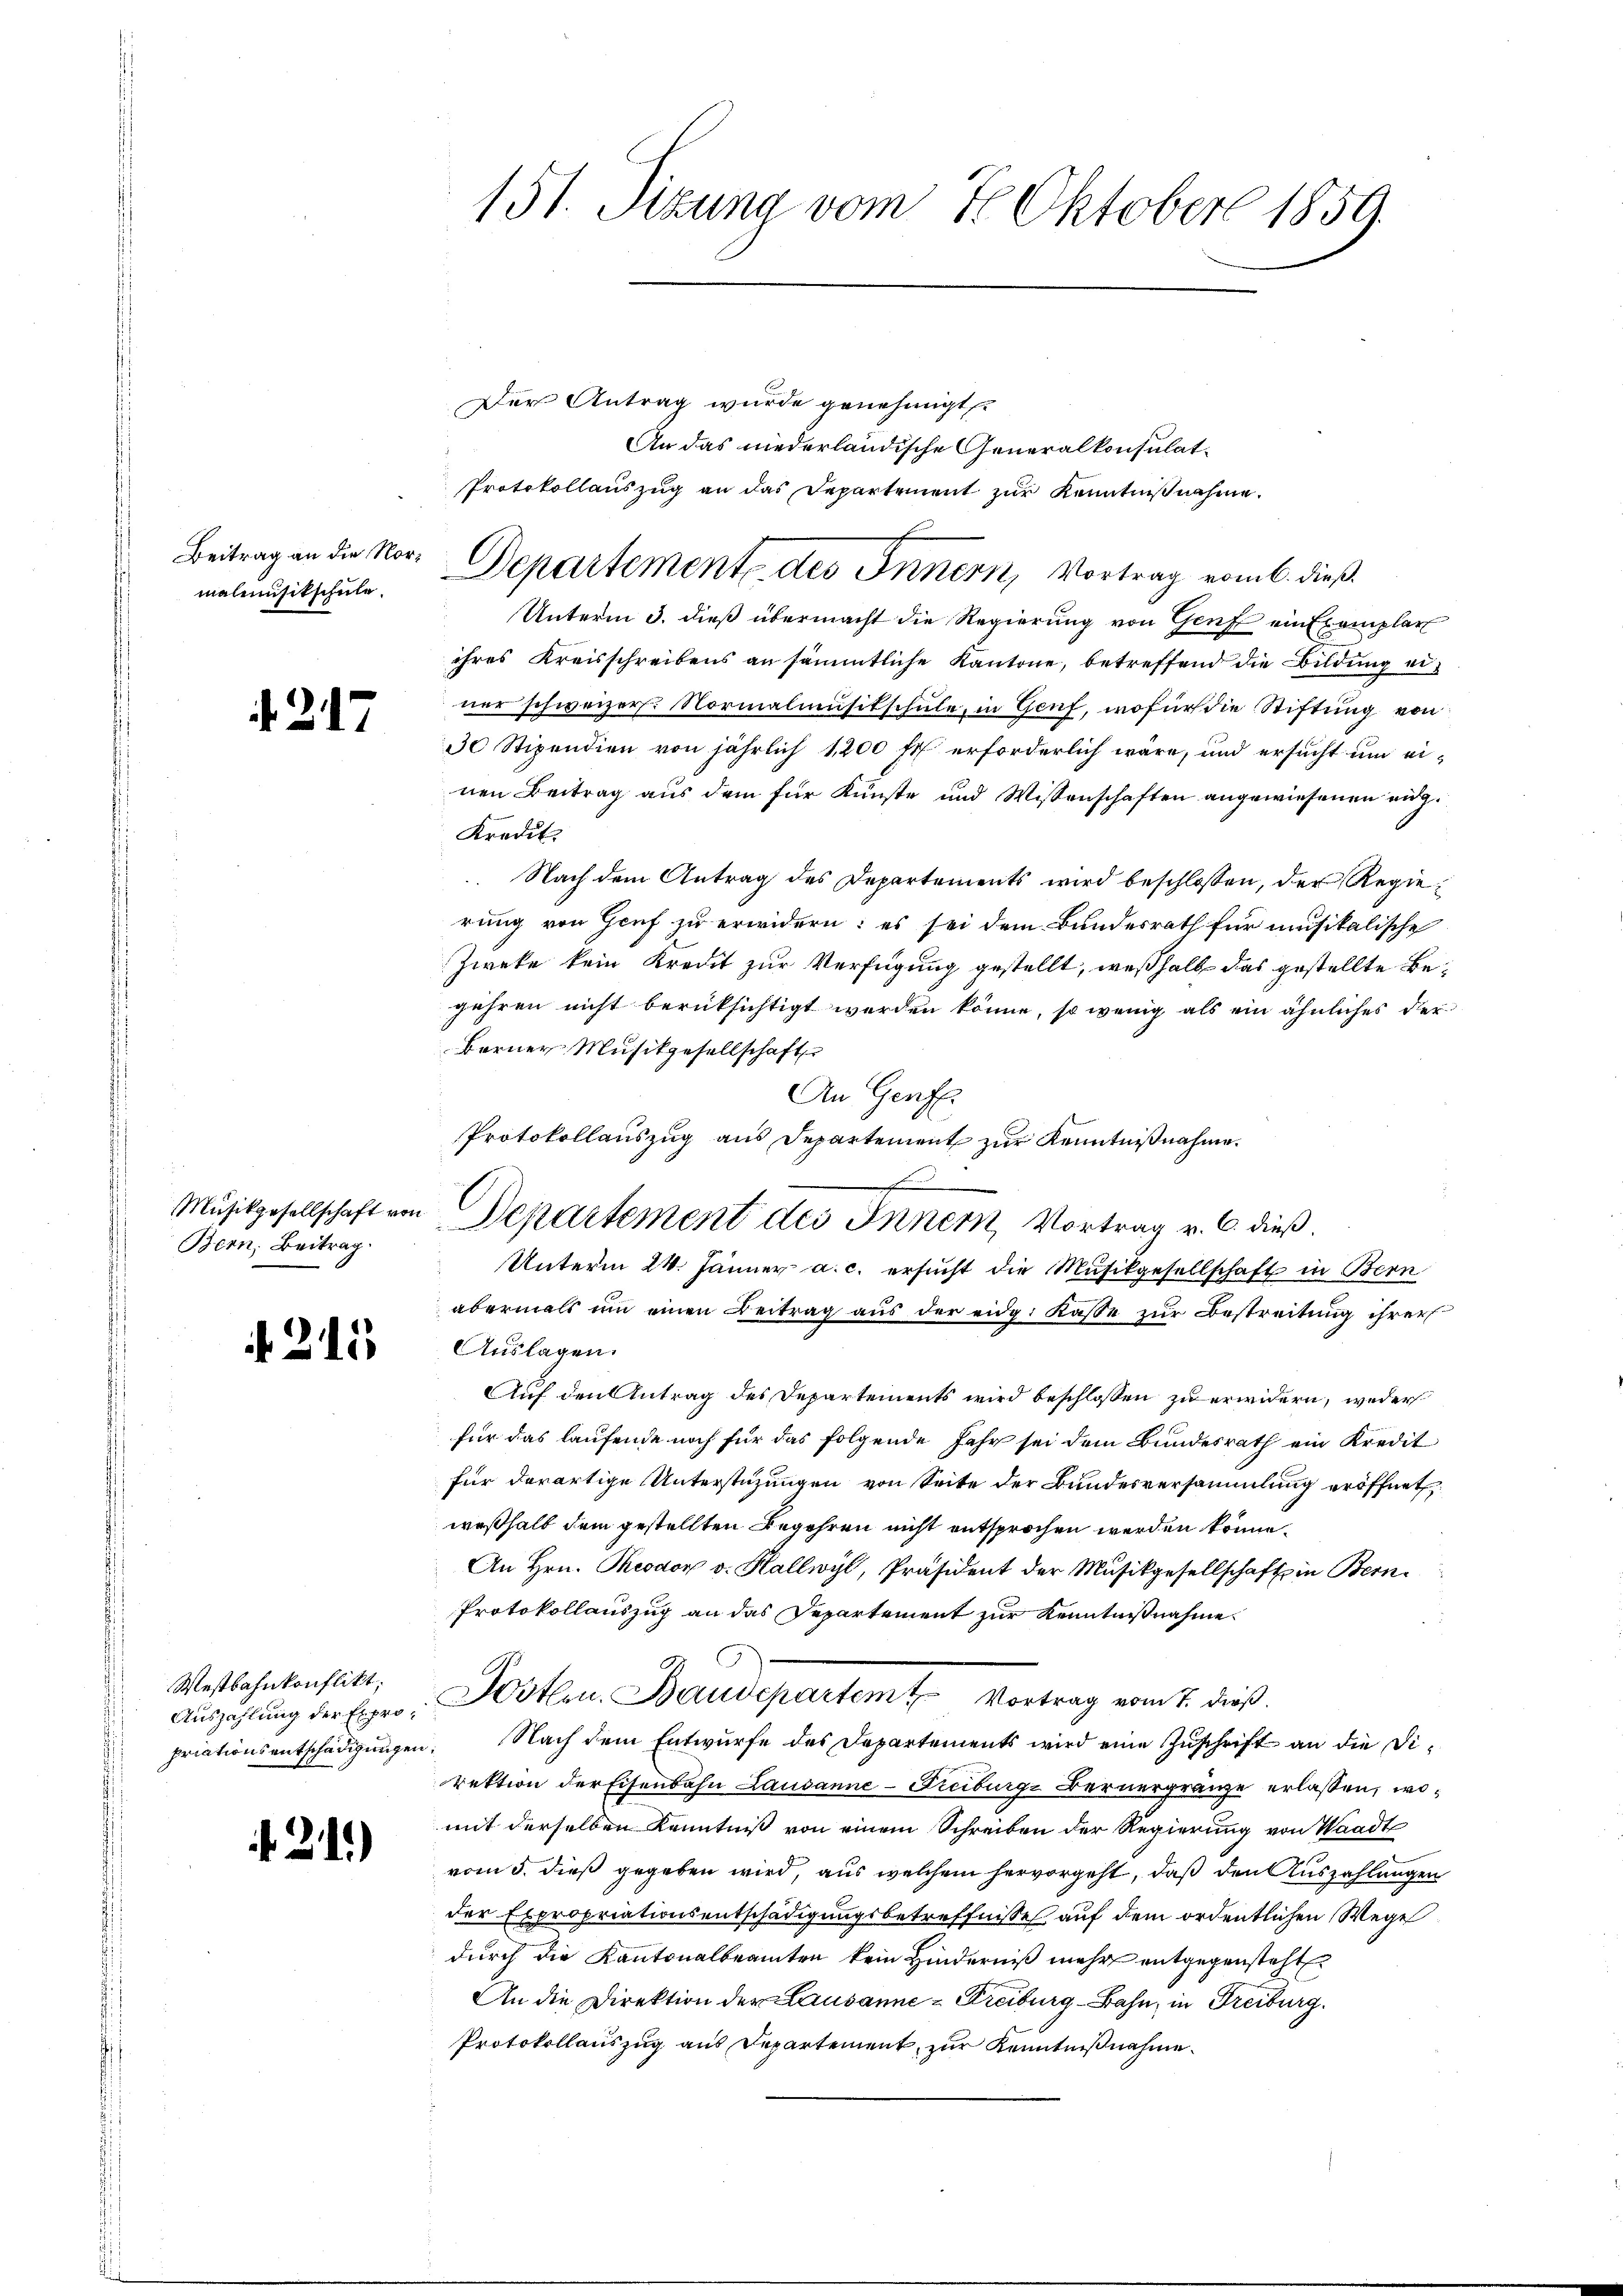
Beitrag an die Vormalmusikschule.

217

Musikgesellschaft von
Bern, Beitrag

211

Westbahnkonflikt.
Auszahlung der Expropriationsentschädigungen

21)

151. Sizung vom 7. Oktober 1859.

Protokollauszug an das Departement zur Kenntnißnahme.
Departement des Innern, Vortrag vom 6. dieß

Der Antrag wurde genehmigt.
An das niederländische Generalkonsulat¬
Unterm 3. dieß übermacht die Regierung von Genf ein Exemplar
ihres Kreisschreibens an sämmtliche Kantone, betreffend die Bildung einer schweizer. Normalmusitschule, in Genf, wofür die Stiftung von
30 Stipendien von jährlich 1200 fl erforderlich wäre, und ersucht um einen Beitrag aus dem für Künste und Wissenschaften angewiesenen eig¬
Kredit.
 Nach dem Antrag des Departements wird beschlossen, der Regierung von Genf zu erwidern: es sei dem Bundesrath für musikalische
Zweke kein Kredit zur Verfügung gestellt, weßhalb das gestellte Begehren nicht berücksichtigt werden könne, so wenig als ein ähnliches der
berner Musikgesellschaft
An Genf.
Protokollauszug aus Departement zur Kenntnißnahme.
Unterm 24. Jänner a. c. ersucht die Musikgesellschaft in Bern
abermals ŭm einen Beitrag aŭs der eidg. Kasse zŭr Bestreitung ihrer
Auslagen.
Auf den Antrag des Departements wird beschlossen zu erwidern, weder
für das laufende noch für das folgende Jahr sei dem Bundesrath ein Kredit
für derartige Unterstüzungen von Seite der Bundesversammlung eröffnet
weßhalb dem gestellten Begehren nicht entsprochen werden könne.
An Hrn. Theodor v. Hallwyl, Präsident der Musikgesellschaft in Bern¬
Protokollauszug an das Departement zur Kenntnißnahme.
Jostlen. Baudepartem Vortrag vom 7. dieß.
Nach dem Entwurfe des Departements wird eine Zuschrift an die Direktion der Eisenbahn Lausanne - Freiburg Bernergränze erlassen, womit derselben Kenntniß von einem Schreiben der Regierung von Waadt
vom 5. dieß gegeben wird, aus welchem hervorgeht, daß den Auszahlungen
der Expropriationsentschädigungsbetreffnisses auf dem ordentlichen Wege
durch die Kantonalbeamten kein Hinderniß mehr entgegensteht
An die Direktion der Lausanne-Freiburg-Bahn, in Freiburg.
Protokollauszug aus Departement, zur Kenntnißnahme.

l

Departement des Innern, Vortrag v. 6. dieß.